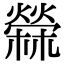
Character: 檾